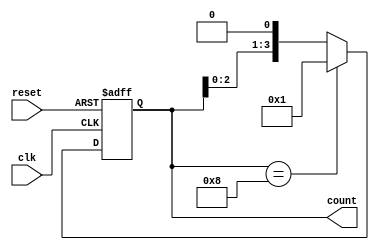
module ring_counter(
    input wire clk,
    input wire reset,
    output reg [3:0] count
);

// Internal signals
reg [3:0] next_count;

// Sequential logic block
always @(posedge clk or posedge reset)
begin
    if (reset)
        count <= 4'b0001;
    else
        count <= next_count;
end

// Combinational logic block
always @(*)
begin
    next_count = count << 1;
    if (count == 4'b1000)
        next_count = 4'b0001;
end

endmodule